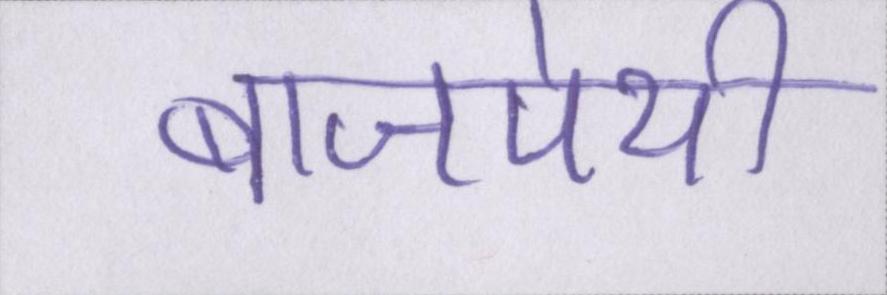
बाजपेयी